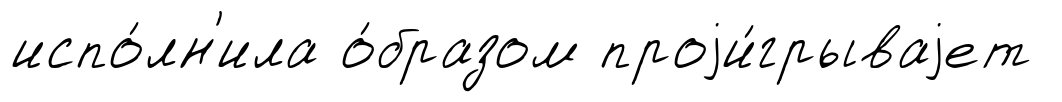
испо́лн'ила о́бразом проjи́грываjет